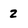
Character: 2